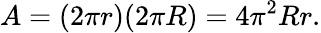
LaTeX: A=(2\pi r)(2\pi R)=4\pi^{2}Rr.